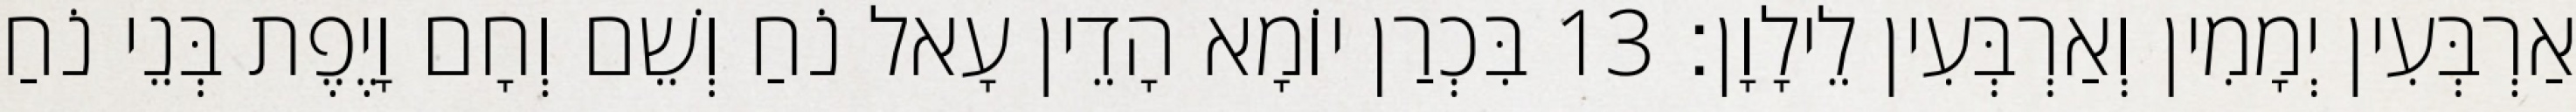
אַרְבְּעִין יְמָמִין וְאַרְבְּעִין לֵילָוָן׃ 13 בִּכְרַן יוֹמָא הָדֵין עָאל נֹחַ וְשֵׁם וְחָם וָיֶפֶת בְּנֵי נֹחַ